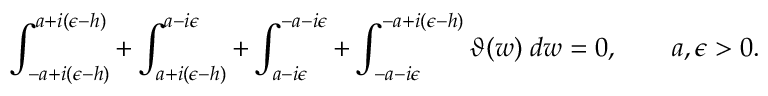
\int _ { - a + i ( \epsilon - h ) } ^ { a + i ( \epsilon - h ) } + \int _ { a + i ( \epsilon - h ) } ^ { a - i \epsilon } + \int _ { a - i \epsilon } ^ { - a - i \epsilon } + \int _ { - a - i \epsilon } ^ { - a + i ( \epsilon - h ) } \vartheta ( w ) \; d w = 0 , \qquad a , \epsilon > 0 .